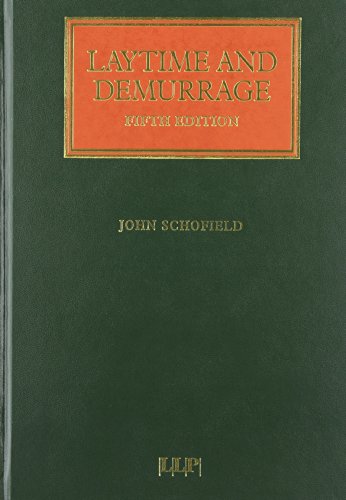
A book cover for Laytime and Demurrage: Fifth Edition (Lloyd's Shipping Law Library); John Schofield; Law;